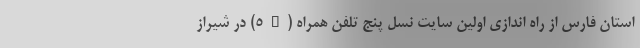
استان فارس از راه اندازی اولین سایت نسل پنج تلفن همراه (۵G) در شیراز